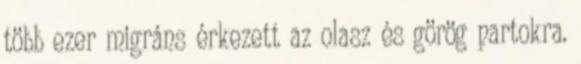
több ezer migráns érkezett az olasz és görög partokra.